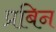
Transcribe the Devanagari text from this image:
प्रबिन